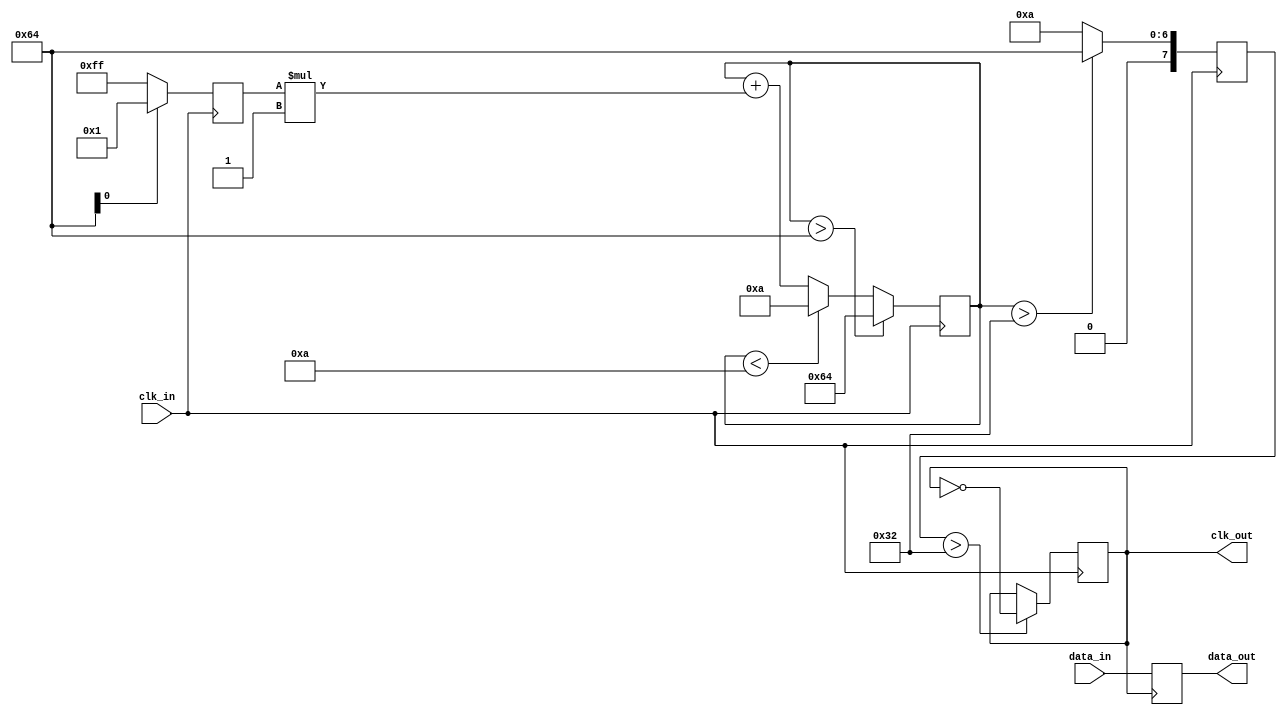
module pll_synchronizer (
    input wire clk_in,      // Incoming clock signal
    input wire data_in,     // Incoming data signal
    output reg data_out,    // Synchronized output data signal
    output reg clk_out      // Output clock
);
    
    // Parameters for PLL
    parameter integer PHASE_DETECTOR_GAIN = 1; // Gain for phase detector
    parameter integer LOOP_FILTER_GAIN = 1;     // Gain for loop filter
    parameter integer VCO_MAX_FREQUENCY = 100;  // Max frequency of VCO
    parameter integer VCO_MIN_FREQUENCY = 10;    // Min frequency of VCO

    // Registers for phase detector and VCO
    reg [7:0] error_signal;            // Error signal from phase detector
    reg [7:0] control_voltage;         // Control voltage for VCO
    reg [7:0] vco_frequency;           // Current frequency of VCO
    reg vco_phase;                     // Current phase of VCO
    
    // Phase Detector
    always @(posedge clk_in) begin
        // Simple phase comparison
        if (vco_phase == 1'b1) begin
            error_signal <= PHASE_DETECTOR_GAIN;   // Adjust based on actual phase calculation
        end else begin
            error_signal <= -PHASE_DETECTOR_GAIN;  // Adjust based on actual phase calculation
        end
    end

    // Loop Filter
    always @(posedge clk_in) begin
        control_voltage <= control_voltage + (error_signal * LOOP_FILTER_GAIN);
        
        // Ensure control voltage is within bounds
        if (control_voltage > VCO_MAX_FREQUENCY)
            control_voltage <= VCO_MAX_FREQUENCY;
        else if (control_voltage < VCO_MIN_FREQUENCY)
            control_voltage <= VCO_MIN_FREQUENCY;
    end
    
    // Simple Voltage-Controlled Oscillator (VCO)
    always @(posedge clk_in) begin
        // Adjust frequency based on control voltage
        if (control_voltage > 50) begin
            vco_frequency <= VCO_MAX_FREQUENCY; // Higher control voltage corresponds to higher frequency
        end else begin
            vco_frequency <= VCO_MIN_FREQUENCY; // Lower control voltage corresponds to lower frequency
        end
        
        // Generate the output clock with simple toggle, adjusting based on frequency
        if (vco_frequency > 50) begin
            clk_out <= ~clk_out; // Simplistic toggle example
        end
    end

    // Data Synchronizer
    always @(posedge clk_out) begin
        data_out <= data_in; // Sample data on the VCO-controlled clock
    end

endmodule